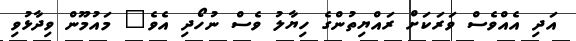
އަދި އެއްވެސް ވަރަކަށް ރައްޔިތުންގެ ހިޔާލު ވެސް ނުހޯދި އެވެ" މައުމޫން ވިދާޅުވި